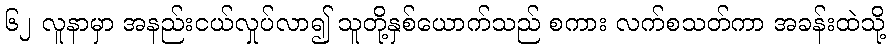
၆၂ လူနာမှာ အနည်းငယ်လှုပ်လာ၍ သူတို့နှစ်ယောက်သည် စကား လက်စသတ်ကာ အခန်းထဲသို့